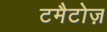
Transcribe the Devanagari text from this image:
टमैटोज़